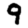
Digit: 9